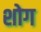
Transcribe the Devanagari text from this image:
शोग